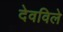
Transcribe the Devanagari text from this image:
देवविले